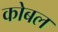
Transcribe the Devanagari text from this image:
कोबल